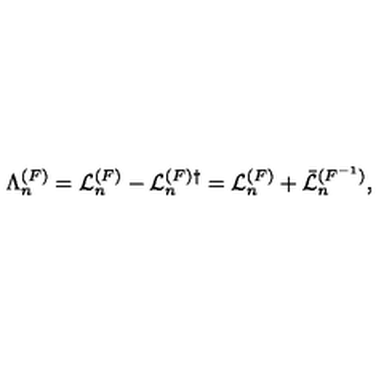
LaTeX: \Lambda _ { n } ^ { ( F ) } = { \cal L } _ { n } ^ { ( F ) } - { \cal L } _ { n } ^ { ( F ) \dagger } = { \cal L } _ { n } ^ { ( F ) } + \bar { \cal L } _ { n } ^ { ( F ^ { - 1 } ) } ,